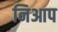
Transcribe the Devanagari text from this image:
निआप